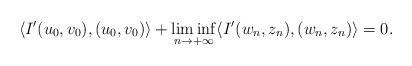
LaTeX: \begin{align*}\langle I'(u_{0},v_{0}),(u_{0},v_{0})\rangle+\liminf_{n\rightarrow+\infty}\langle I'(w_{n},z_{n}),(w_{n},z_{n})\rangle=0.\end{align*}